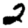
Digit: 2